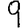
Digit: 9